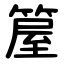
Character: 箼